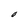
Character: O